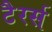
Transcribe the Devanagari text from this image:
टैरर्स